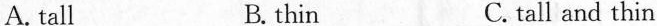
A.tall B.thin C.tall and thin